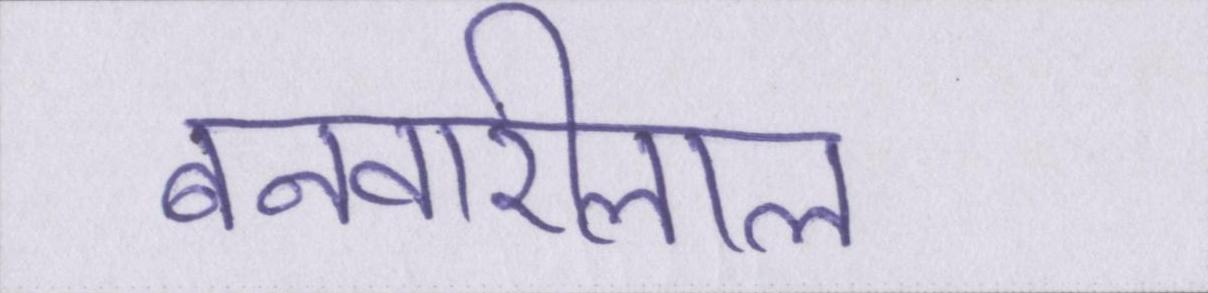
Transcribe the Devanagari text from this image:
बनवारीलाल